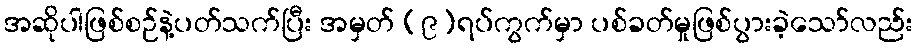
အဆိုပါဖြစ်စဉ်နဲ့ပတ်သက်ပြီး အမှတ် (၉)ရပ်ကွက်မှာ ပစ်ခတ်မှုဖြစ်ပွားခဲ့သော်လည်း